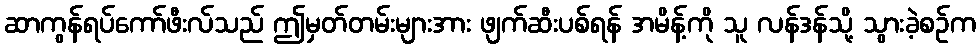
ဆာကွန်ရပ်ကော်ဖီးလ်သည် ဤမှတ်တမ်းများအား ဖျက်ဆီးပစ်ရန် အမိန့်ကို သူ လန်ဒန်သို့ သွားခဲ့စဉ်က